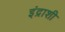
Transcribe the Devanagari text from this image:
इंद्राशी